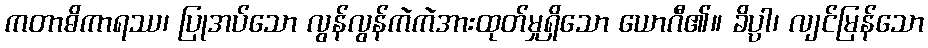
ကတာဓိကာရဿ၊ ပြုအပ်သော လွန်လွန်ကဲကဲအားထုတ်မှုရှိသော ယောဂီ၏။ ခိပ္ပါ၊ လျင်မြန်သော